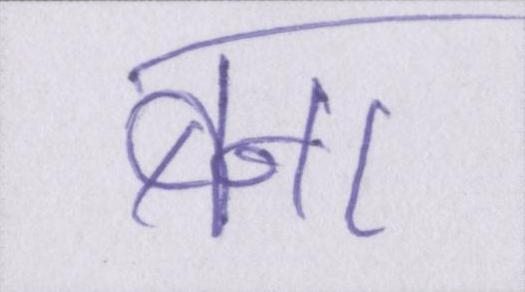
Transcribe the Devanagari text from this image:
बना